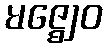
မဇ္ဈေဝ